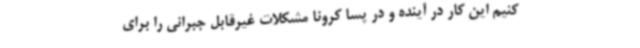
کنیم این کار در آینده و در پسا کرونا مشکلات غیرقابل جبرانی را برای